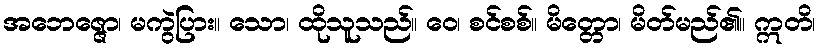
အဘေဇ္ဇော၊ မကွဲပြား။ သော၊ ထိုသူသည်။ ဝေ၊ စင်စစ်။ မိတ္တော၊ မိတ်မည်၏။ ဣတိ၊